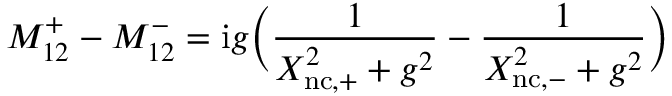
M _ { 1 2 } ^ { + } - M _ { 1 2 } ^ { - } = \mathrm { i } g \biggl ( \frac { 1 } { X _ { \mathrm { n c , + } } ^ { 2 } + g ^ { 2 } } - \frac { 1 } { X _ { \mathrm { n c , - } } ^ { 2 } + g ^ { 2 } } \biggr )